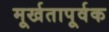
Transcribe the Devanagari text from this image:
मूर्खतापूर्वक